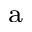
^ \mathrm { a }